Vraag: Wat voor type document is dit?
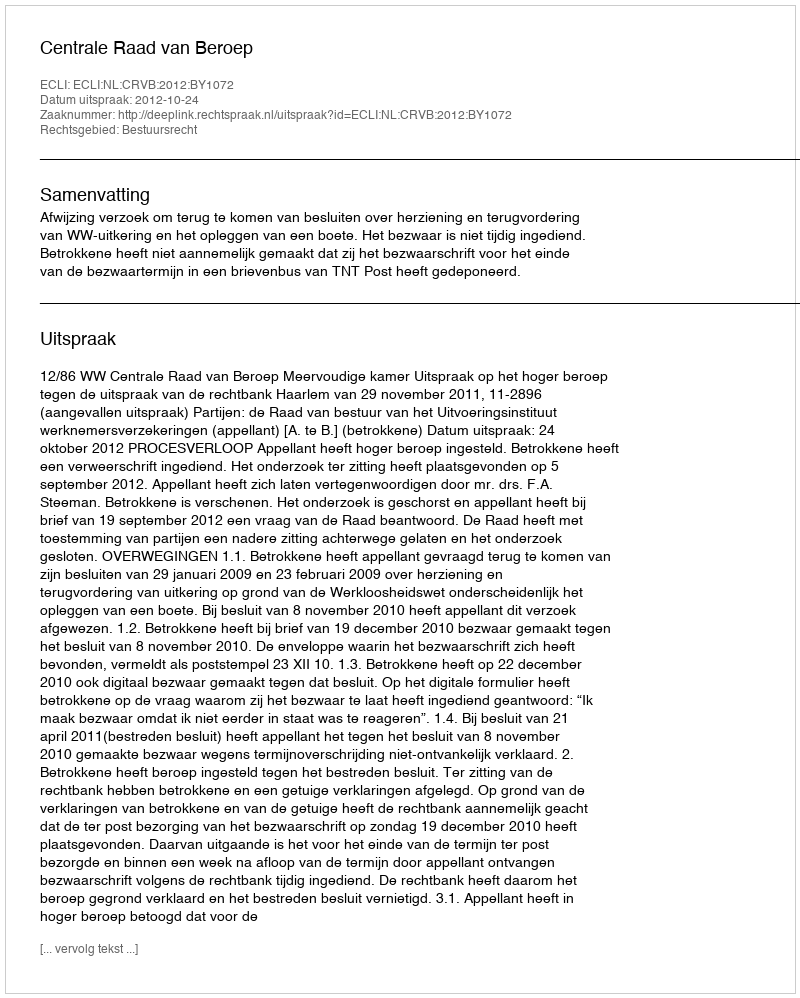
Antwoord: Uitspraak